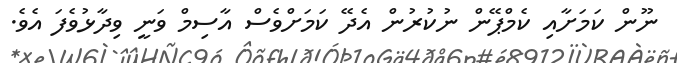
ނޫން ކަމަށާއި ކެމްޕޭން ނުކުރުން އެދޭ ކަމަށްވެސް އާސިމް ވަނީ ވިދާޅުވެފަ އެވެ.